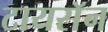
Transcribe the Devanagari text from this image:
टायराॅन